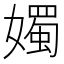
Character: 𪦨